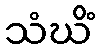
သံဃိံ